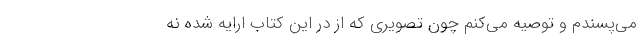
می‌پسندم و توصیه می‌کنم چون تصویری که از در این کتاب ارایه شده نه